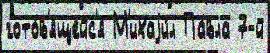
гото́в'ящейс'я М'ихаjи́л Па́вла 7-й